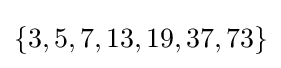
\{3,5,7,13,19,37,73\}